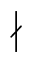
\nmid